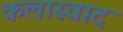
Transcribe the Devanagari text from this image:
कलास्वाद